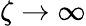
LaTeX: \zeta\to\infty